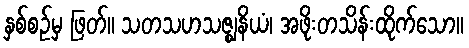
နှစ်စဉ်မှ ဖြတ်။ သတသဟသဇ္ဈနိယံ၊ အဖိုးတသိန်းထိုက်သော။